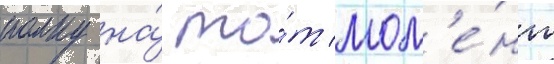
полку на́ то́т мом'е́нт